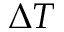
\Delta T